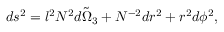
d s ^ { 2 } = l ^ { 2 } N ^ { 2 } \tilde { d \Omega _ { 3 } } + N ^ { - 2 } d r ^ { 2 } + r ^ { 2 } d \phi ^ { 2 } ,